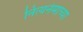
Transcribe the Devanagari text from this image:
नित्यनेमाच्या